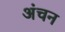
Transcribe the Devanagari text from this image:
अंचन